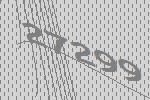
27299